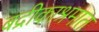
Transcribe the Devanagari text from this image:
बद्रीकाश्रमात